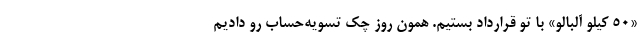
«۵۰ کیلو آلبالو» با تو قرارداد بستیم. همون روز چک تسویه‌حساب رو دادیم